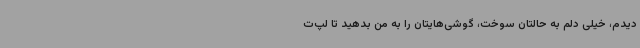
دیدم، خیلی دلم به حالتان سوخت، گوشی‌هایتان را به من بدهید تا لپ‌ت